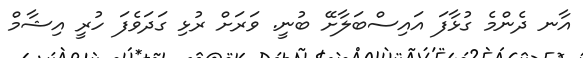
އާނ ދެންމެ ގުޅާފަ އައިސްބަލާށޭ ބުނީ. ވަރަށް ރުޅި ގަދަވެފަ ހުރީ އިޝާމް